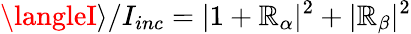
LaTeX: \langleI\rangle/I_{inc}=|1+{\cal\mathbb{R}}_{\alpha}|^{2}+|{\cal\mathbb{R}}_{\beta}|^{2}